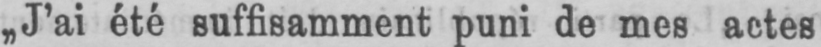
„J’ai été suffisamment puni de mes actes